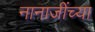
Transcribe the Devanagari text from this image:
नानाजींच्या